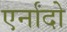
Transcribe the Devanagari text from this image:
एर्नांदो